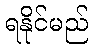
ရနိုင်မည်